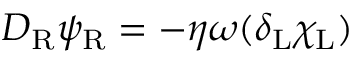
D _ { \mathrm { { R } } } \psi _ { \mathrm { { R } } } = - \eta \omega ( \delta _ { \mathrm { { L } } } \chi _ { \mathrm { { L } } } )